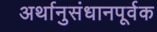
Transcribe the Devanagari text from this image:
अर्थानुसंधानपूर्वक